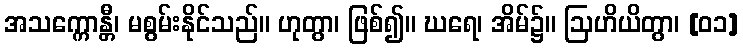
အသက္ကောန္တီ၊ မစွမ်းနိုင်သည်။ ဟုတွာ၊ ဖြစ်၍။ ဃရေ၊ အိမ်၌။ ဩဟိယိတွာ၊ [၀၁]